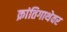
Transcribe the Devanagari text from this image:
क्रांतिगाथेवर